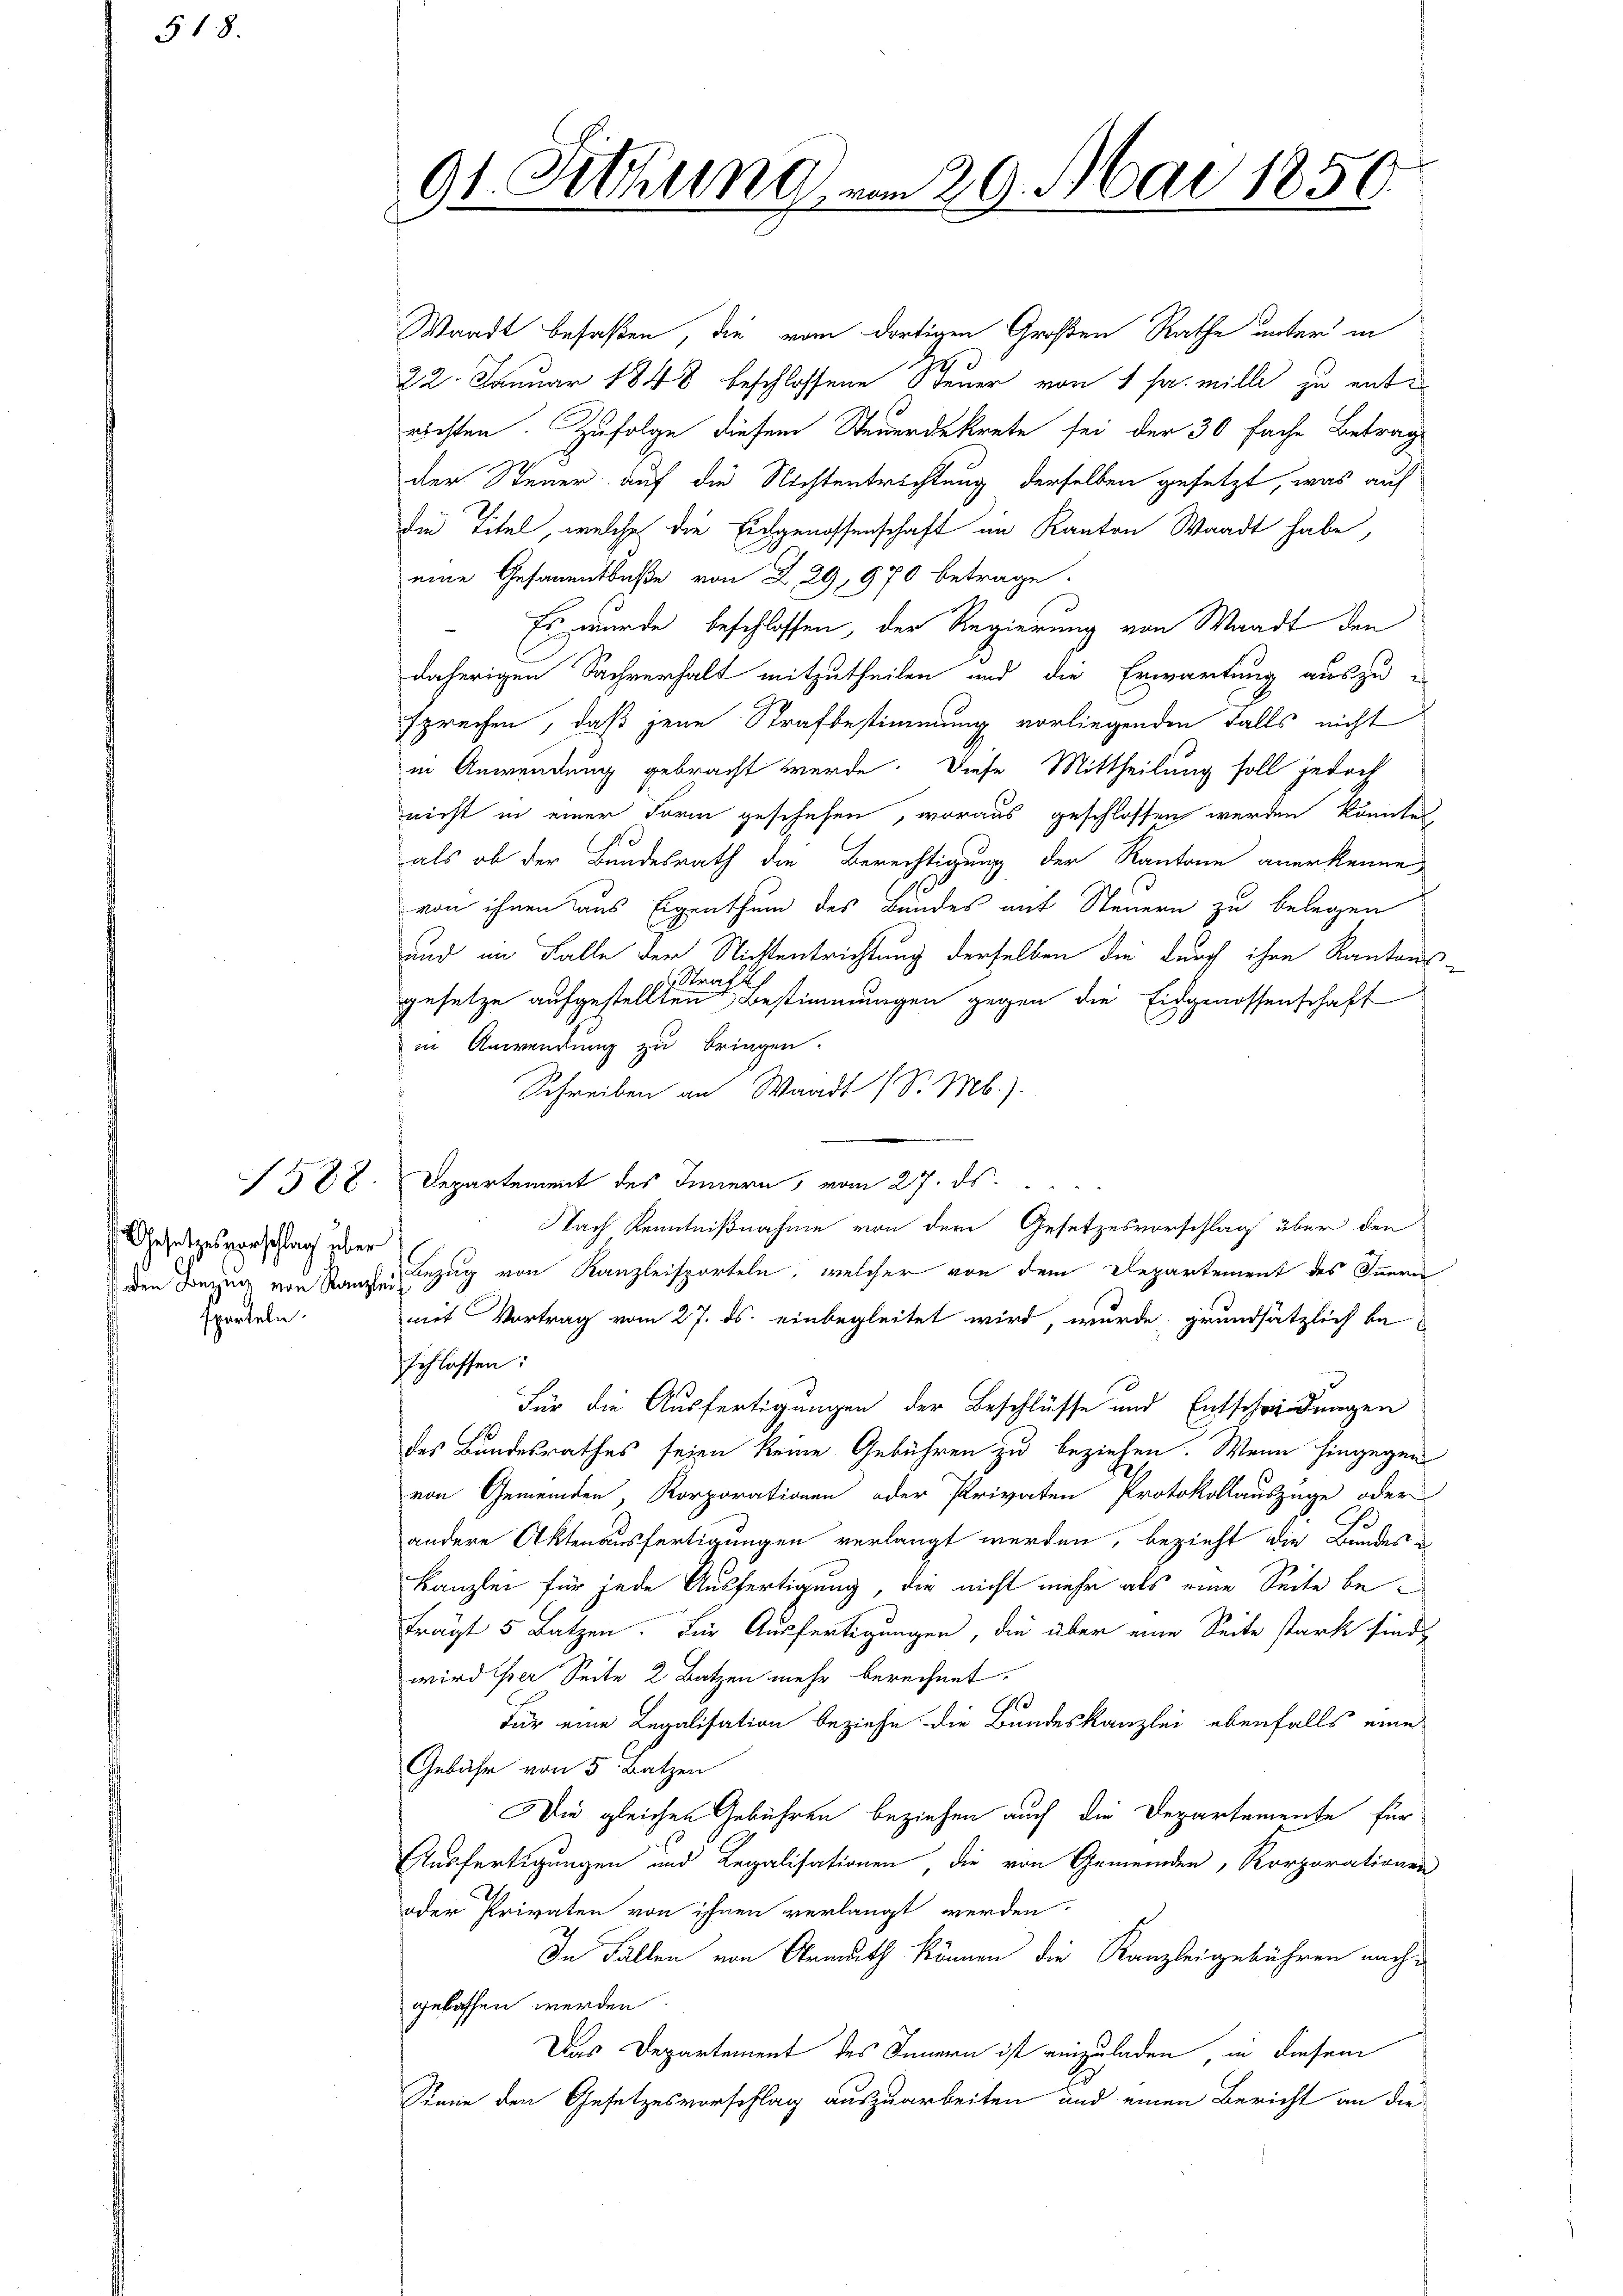
518.

Gesetzesvorschlag über
sporteln.

91. Sitzung vom 20. Mai 1850.

Waadt besaßen, die vom dortigen Großen Rathe unter in
22. Januar 1848 beschlossene Steuer von 1 Ja wille zu entrichten. Zufolge diesem Steuerdekrete sei der 30 fache Betrage
der Steuer auf die Nichtentrichtung derselben gesetzt, was auf
die Titel, welche die Eidgenossenschaft im Kanton Waadt habe,
eine Gesammtbaße von 229, 970 betrage.
Es wurde beschlossen, der Regierung von Waadt den
daherigen Sachverhalt mitzutheilen und die Erwartung auszu-
sprechen, daß jene Strafbestimmung vorliegenden Falls nicht
in Anwendung gebracht werde. Diese Mittheilung soll jedoch
nicht in einer Form geschehen, woraus geschlossen werden könnte,
als ob der Bundesrath die Berechtigung der Kantone anerkenne,
von ihnen aus Eigenthum des Bundes mit Steuern zu belegen
und im Falle der Nichtentrichtung derselben die durch ihre Kantons-
Strafe
gesetze aufgestellten Bestimmungen gegen die Eichgenossenschaft
in Anwendung zu bringen.
Schreiben an Waadt (S. Mb.).
1588. Departement des Innern, vom 27. ds.
Nach Kenntnißnahme von der Gesetzesvorschlag über den
den Bezug von Kanzler Bezug von Kanzleisporteln, welcher von dem Departement des Innern
mit Vortrag vom 27. ds. einbegleitet wird, wurde grundsätzlich be
schlossen:
Für die Ausfertigungen der Beschlüsse und Entscheidungen
des Bundesrathes seien keine Gebühren zu beziehen. Wenn hingegen
von Gemeinden, Korporationen oder Privaten Protokollauszüge oder
andere Aktenausfertigungen verlangt werden, bezieht die Bundes
Kanzlei für jede Ausfertigung, die nicht mehr als eine Seite beträgt 5 Batzen. Für Ausfertigungen, die über eine Seite stark sind,
wird ihrer Seite 2 Batzen mehr berechnet.
e
Für eine Legalisation beziehe die Bundeskanzlei ebenfalls eine
Gebühr von 5 Batzen
Die gleichen Gebühren beziehen auch die Departemente für
Ausfertigungen und Legalisationen, die von Gemeinden, Korporationen
oder Privaten von ihnen verlangt werden.
In Fällen von Armuth können die Kanzleigebühren nachgelassen werden.
Das Departement des Innern ist einzuladen, in diesem
Sinne den Gesetzesvorschlag auszuarbeiten und einen Bericht an die